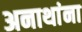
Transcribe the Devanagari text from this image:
अनाथांना